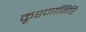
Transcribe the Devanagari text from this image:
कृश्णागिरि